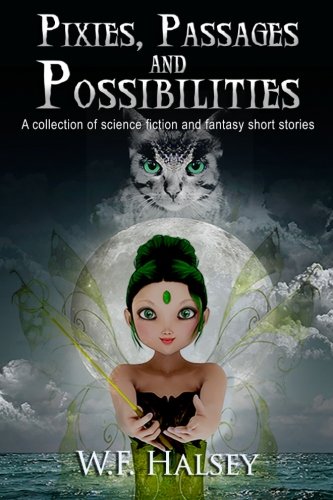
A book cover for Pixies, Passages and Possibilities: A collection of science fiction and fantasy short stories; W F Halsey; Science Fiction & Fantasy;